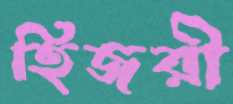
হিজরী